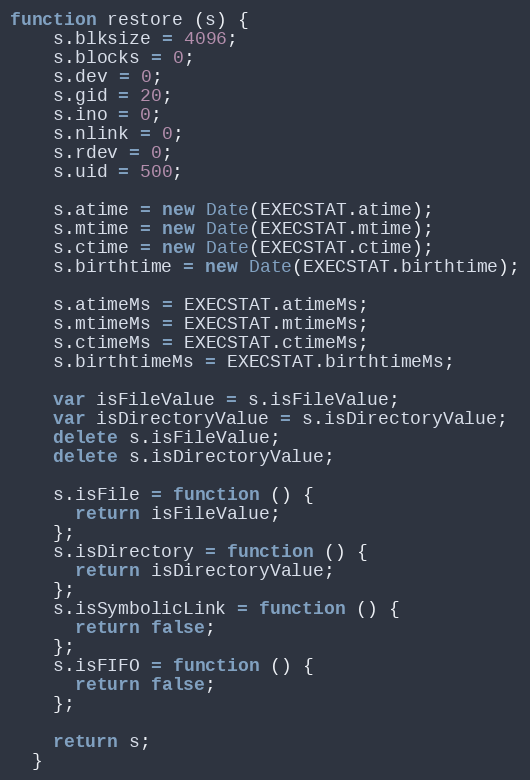
Language: JavaScript
function restore (s) {
    s.blksize = 4096;
    s.blocks = 0;
    s.dev = 0;
    s.gid = 20;
    s.ino = 0;
    s.nlink = 0;
    s.rdev = 0;
    s.uid = 500;

    s.atime = new Date(EXECSTAT.atime);
    s.mtime = new Date(EXECSTAT.mtime);
    s.ctime = new Date(EXECSTAT.ctime);
    s.birthtime = new Date(EXECSTAT.birthtime);

    s.atimeMs = EXECSTAT.atimeMs;
    s.mtimeMs = EXECSTAT.mtimeMs;
    s.ctimeMs = EXECSTAT.ctimeMs;
    s.birthtimeMs = EXECSTAT.birthtimeMs;

    var isFileValue = s.isFileValue;
    var isDirectoryValue = s.isDirectoryValue;
    delete s.isFileValue;
    delete s.isDirectoryValue;

    s.isFile = function () {
      return isFileValue;
    };
    s.isDirectory = function () {
      return isDirectoryValue;
    };
    s.isSymbolicLink = function () {
      return false;
    };
    s.isFIFO = function () {
      return false;
    };

    return s;
  }